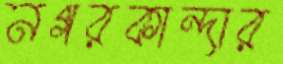
নগরকান্দার